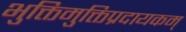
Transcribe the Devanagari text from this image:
भुक्तिमुक्तिप्रदायकम्